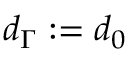
d _ { \Gamma } : = d _ { 0 }